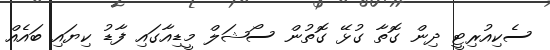
ސެކިއުރިޓީ ދިން ގޮތާ ގުޅޭ ގޮތުން ސޯޝަލް މީޑިއާގައި ފާޑު ކިޔައި ބައެއް